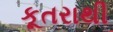
કૂતરાથી